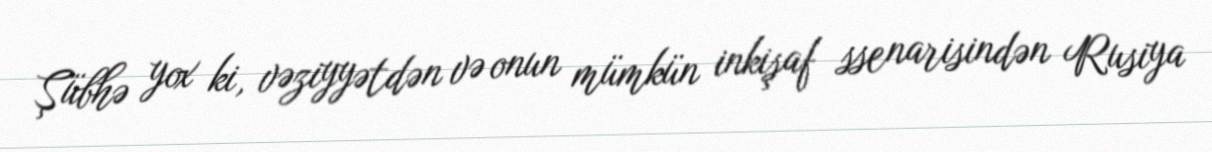
Şübhə yox ki, vəziyyətdən və onun mümkün inkişaf ssenarisindən Rusiya